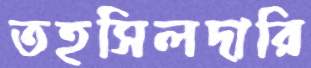
তহসিলদারি